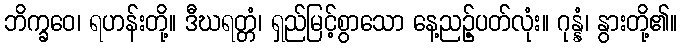
ဘိက္ခဝေ၊ ရဟန်းတို့။ ဒီဃရတ္တံ၊ ရှည်မြင့်စွာသော နေ့ညဉ့်ပတ်လုံး။ ဂုန္နံ၊ နွားတို့၏။